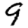
Digit: 9